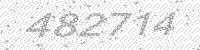
Solution: 482714